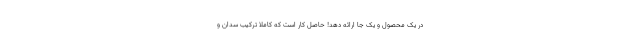
در یک محصول و یک جا ارائه دهد! حاصل کار است که کاملا ترکیب سدان و